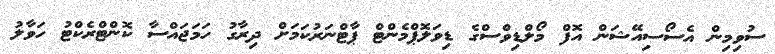
ސުވިމިން އެސޯސިއޭޝަން އޮފް މޯލްޑިވްސްގެ ޑިވަލޮޕްމެންޓް ޕާޓްނަރުކަމަށް ދިރާގު ހަމަޖައްސާ ކޮންޓްރެކްޓު ހަވާލު